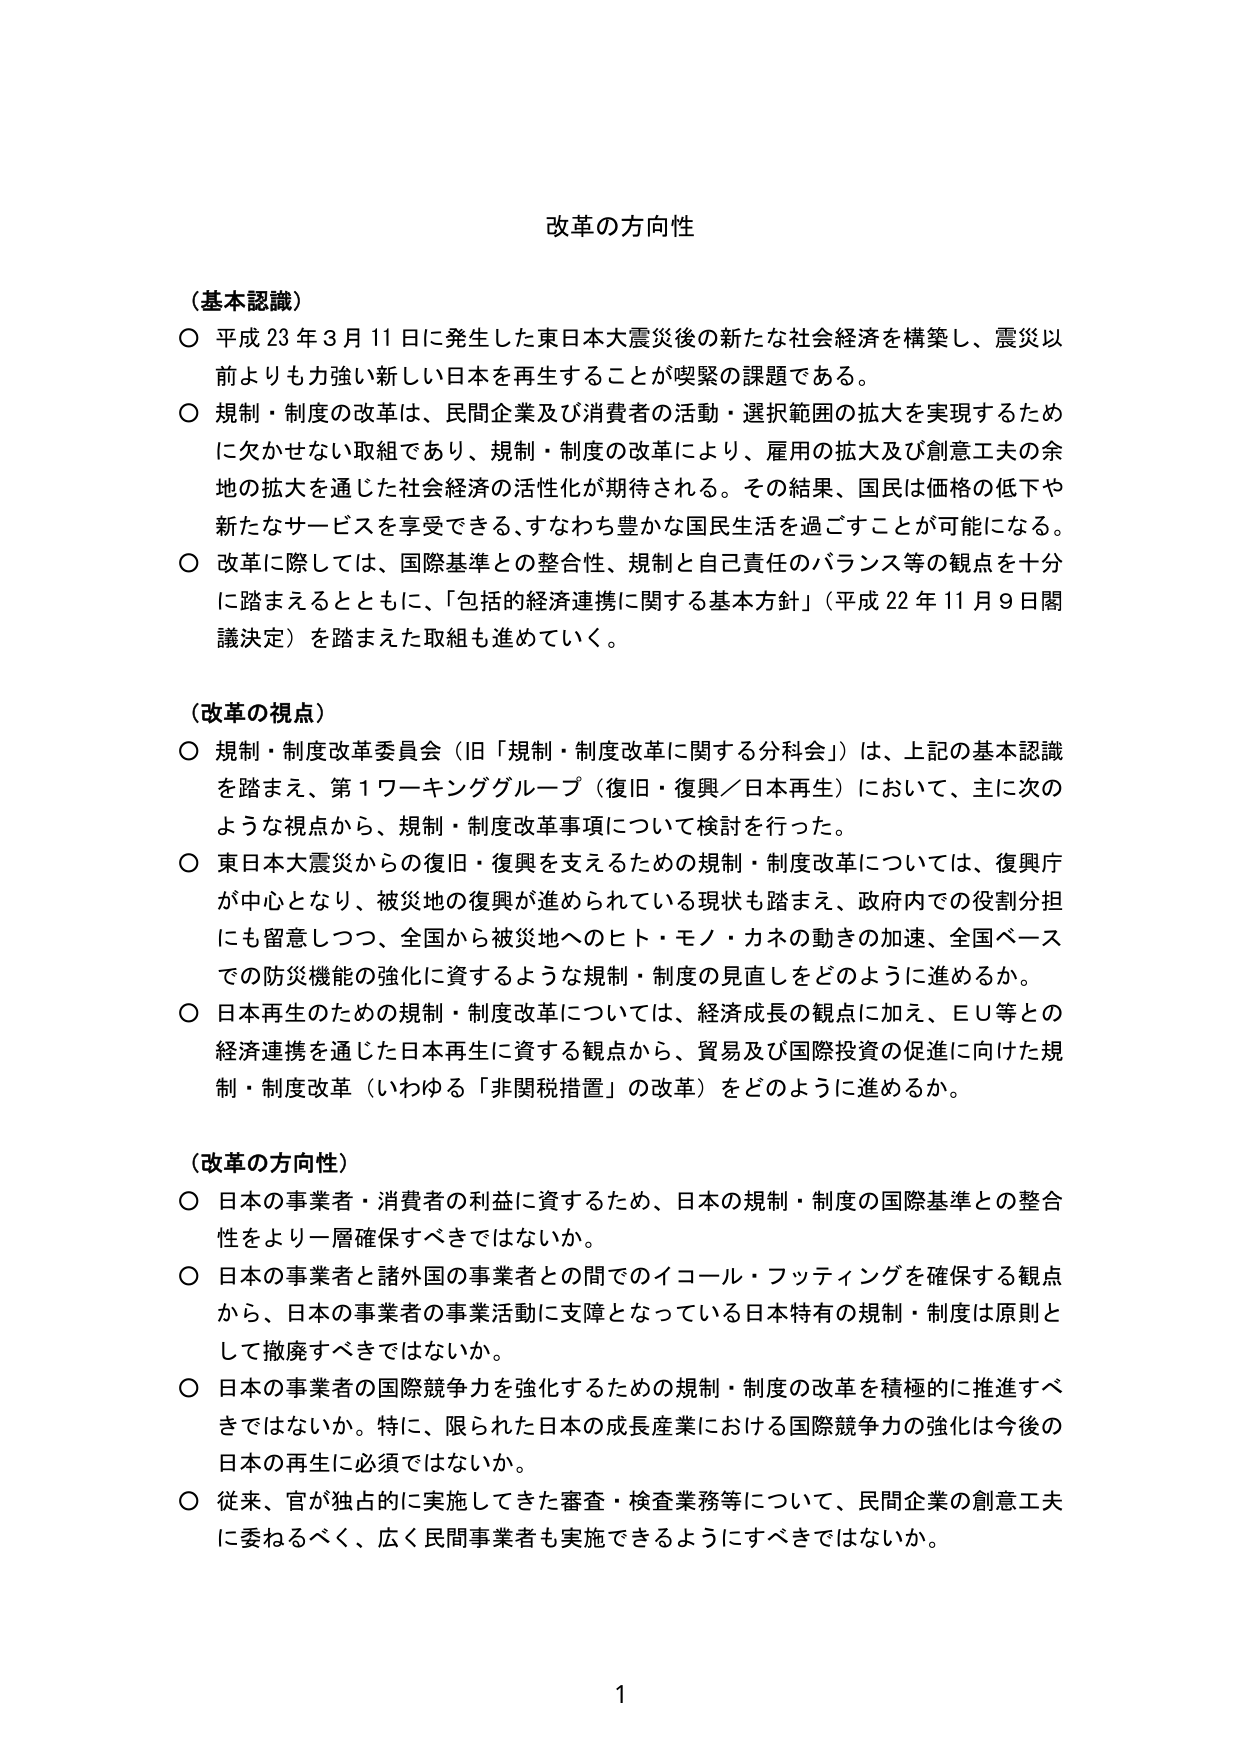
改革の方向性

（基本認識）
○ 平成23年3月11日に発生した東日本大震災後の新たな社会経済を構築し、震災以前よりも力強い新しい日本を再生することが喫緊の課題である。
○ 規制・制度の改革は、民間企業及び消費者の活動・選択範囲の拡大を実現するために欠かせない取組であり、規制・制度の改革により、雇用の拡大及び創意工夫の余地の拡大を通じた社会経済の活性化が期待される。その結果、国民は価格の低下や新たなサービスを享受できる、すなわち豊かな国民生活を過ごすことが可能になる。
○ 改革に際しては、国際基準との整合性、規制と自己責任のバランス等の観点を十分に踏まえるとともに、「包括的経済連携に関する基本方針」（平成22年11月9日閣議決定）を踏まえた取組も進めていく。

（改革の視点）
○ 規制・制度改革委員会（旧「規制・制度改革に関する分科会」）は、上記の基本認識を踏まえ、第1ワーキンググループ（復旧・復興／日本再生）において、主に次のような視点から、規制・制度改革事項について検討を行った。
○ 東日本大震災からの復旧・復興を支えるための規制・制度改革については、復興庁が中心となり、被災地の復興が進められている現状も踏まえ、政府内での役割分担にも留意しつつ、全国から被災地へのヒト・モノ・カネの動きの加速、全国ベースでの防災機能の強化に資するような規制・制度の見直しをどのように進めるか。
○ 日本再生のための規制・制度改革については、経済成長の観点に加え、ＥＵ等との経済連携を通じた日本再生に資する観点から、貿易及び国際投資の促進に向けた規制・制度改革（いわゆる「非関税措置」の改革）をどのように進めるか。

（改革の方向性）
○ 日本の事業者・消費者の利益に資するため、日本の規制・制度の国際基準との整合性をより一層確保すべきではないか。
○ 日本の事業者と諸外国の事業者との間でのイコール・フッティングを確保する観点から、日本の事業者の事業活動に支障となっている日本特有の規制・制度は原則として撤廃すべきではないか。
○ 日本の事業者の国際競争力を強化するための規制・制度の改革を積極的に推進すべきではないか。特に、限られた日本の成長産業における国際競争力の強化は今後の日本の再生に必須ではないか。
○ 従来、官が独占的に実施してきた審査・検査業務等について、民間企業の創意工夫に委ねるべく、広く民間事業者も実施できるようにすべきではないか。

1